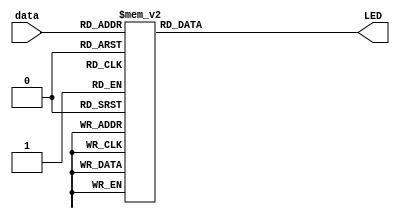
module RX_7SEG(
	input [4:0] data,
	output [7:0] LED);

	function [7:0] decode;
	input [4:0] val;
	begin
		case (val)
			5'd0: decode = 8'b11111100;
			5'd1: decode = 8'b01100000;
			5'd2: decode = 8'b11011010;
			5'd3: decode = 8'b11110010;
			5'd4: decode = 8'b01100110;
			5'd5: decode = 8'b10110110;
			5'd6: decode = 8'b10111110;
			5'd7: decode = 8'b11100000;
			5'd8: decode = 8'b11111110;
			5'd9: decode = 8'b11110110;
			5'd10: decode = 8'b11101110;
			5'd11: decode = 8'b00111110;
			5'd12: decode = 8'b00011010;
			5'd13: decode = 8'b01111010;
			5'd14: decode = 8'b10011110;
			5'd15: decode = 8'b10001110;
			5'd16: decode = 8'b00000010; // minus
			default: decode = 8'b00000000;
		endcase
	end
	endfunction

	assign LED = decode(data);
endmodule